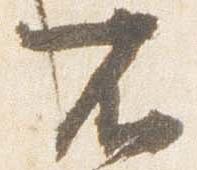
不